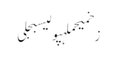
زخمیحملہپولیسبجلی